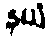
နယံ